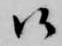
候